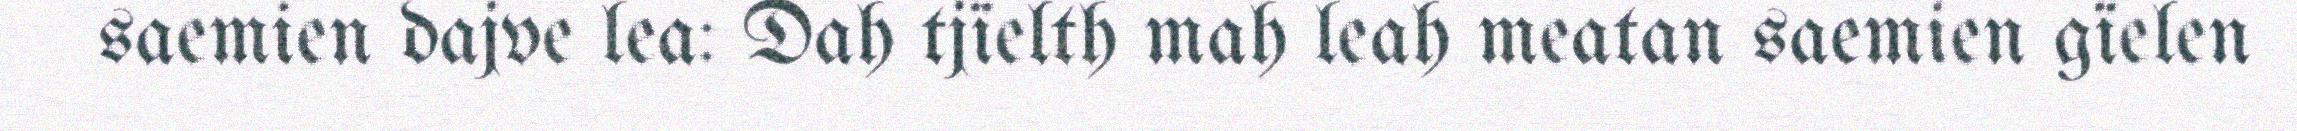
saemien dajve lea: Dah tjïelth mah leah meatan saemien gïelen